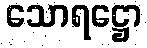
သောရဋ္ဌော